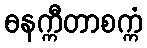
ဓနက္ကီတာစက္ကံ